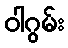
ဝါဂွမ်း